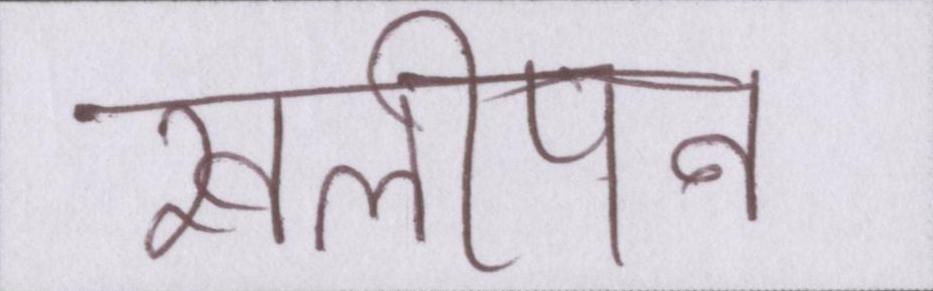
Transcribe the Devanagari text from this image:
खालीपन